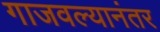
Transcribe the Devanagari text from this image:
गाजवल्यानंतर